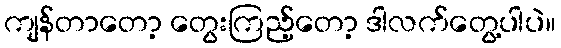
ကျန်တာတော့ တွေးကြည့်တော့ ဒါလက်တွေ့ပါပဲ။